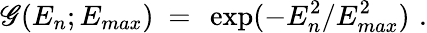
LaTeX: \mathscr{G}(E_{n};E_{max})\ =\ \exp(-E_{n}^{2}/E_{max}^{2})\, \, .